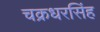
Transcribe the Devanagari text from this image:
चक्रधरसिंह